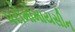
પરોમોમાયસીન